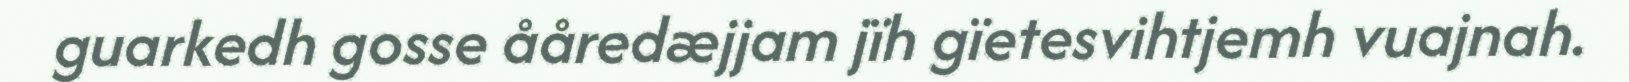
guarkedh gosse ååredæjjam jïh gïetesvihtjemh vuajnah.